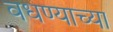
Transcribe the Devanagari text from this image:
वधण्याच्या